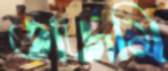
তাজমি